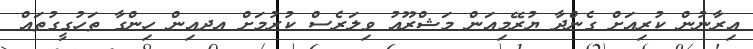
އިރާނުން ކުރިއަށް ގެންދާ ޔުރޭމިއަން މަޝްރޫއު ވިލަރެސް ކުރުމަށް އދއިން ހިންގާ ތަހުގީގުތައް